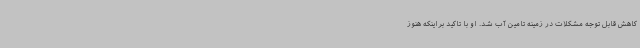
کاهش قابل توجه مشکلات در زمینه تامین آب شد. او با تاکید براینکه هنوز